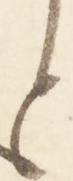
と